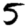
Digit: 5